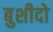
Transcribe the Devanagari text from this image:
बुशीदो